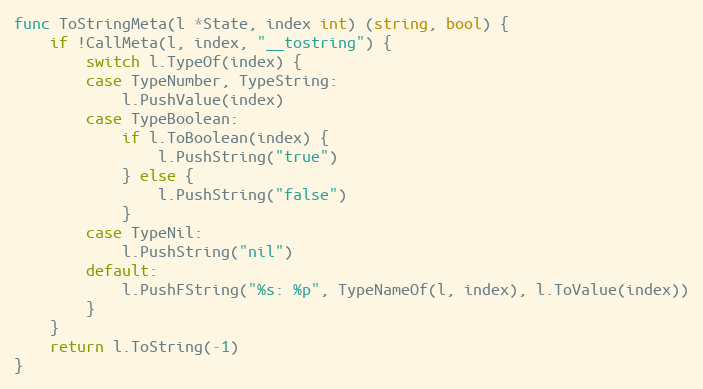
Language: Go
func ToStringMeta(l *State, index int) (string, bool) {
	if !CallMeta(l, index, "__tostring") {
		switch l.TypeOf(index) {
		case TypeNumber, TypeString:
			l.PushValue(index)
		case TypeBoolean:
			if l.ToBoolean(index) {
				l.PushString("true")
			} else {
				l.PushString("false")
			}
		case TypeNil:
			l.PushString("nil")
		default:
			l.PushFString("%s: %p", TypeNameOf(l, index), l.ToValue(index))
		}
	}
	return l.ToString(-1)
}